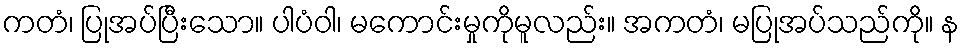
ကတံ၊ ပြုအပ်ပြီးသော။ ပါပံဝါ၊ မကောင်းမှုကိုမူလည်း။ အကတံ၊ မပြုအပ်သည်ကို။ န